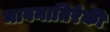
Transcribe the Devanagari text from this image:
भावनातिरेकी